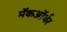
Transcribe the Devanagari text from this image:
मॅकऑर्थर